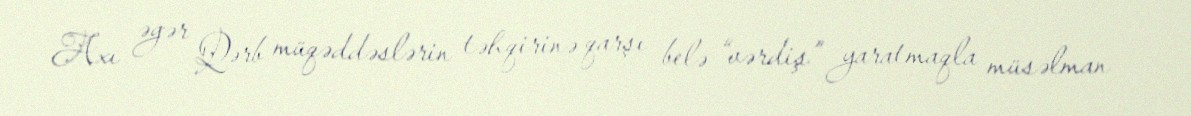
Axı əgər Qərb müqəddəslərin təhqirinə qarşı belə “vərdiş” yaratmaqla müsəlman